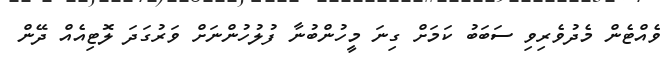
ވެއްޓެން މެދުވެރިވި ސަބަބު ކަމަށް ގިނަ މީހުންބުނާ ފުލުހުންނަށް ވަރުގަދަ ލޮޓިއެއް ދޭން